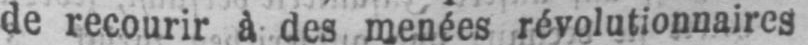
de recourir à des menées révolutionnaires